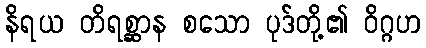
နိရယ တိရစ္ဆာန စသော ပုဒ်တို့၏ ဝိဂ္ဂဟ